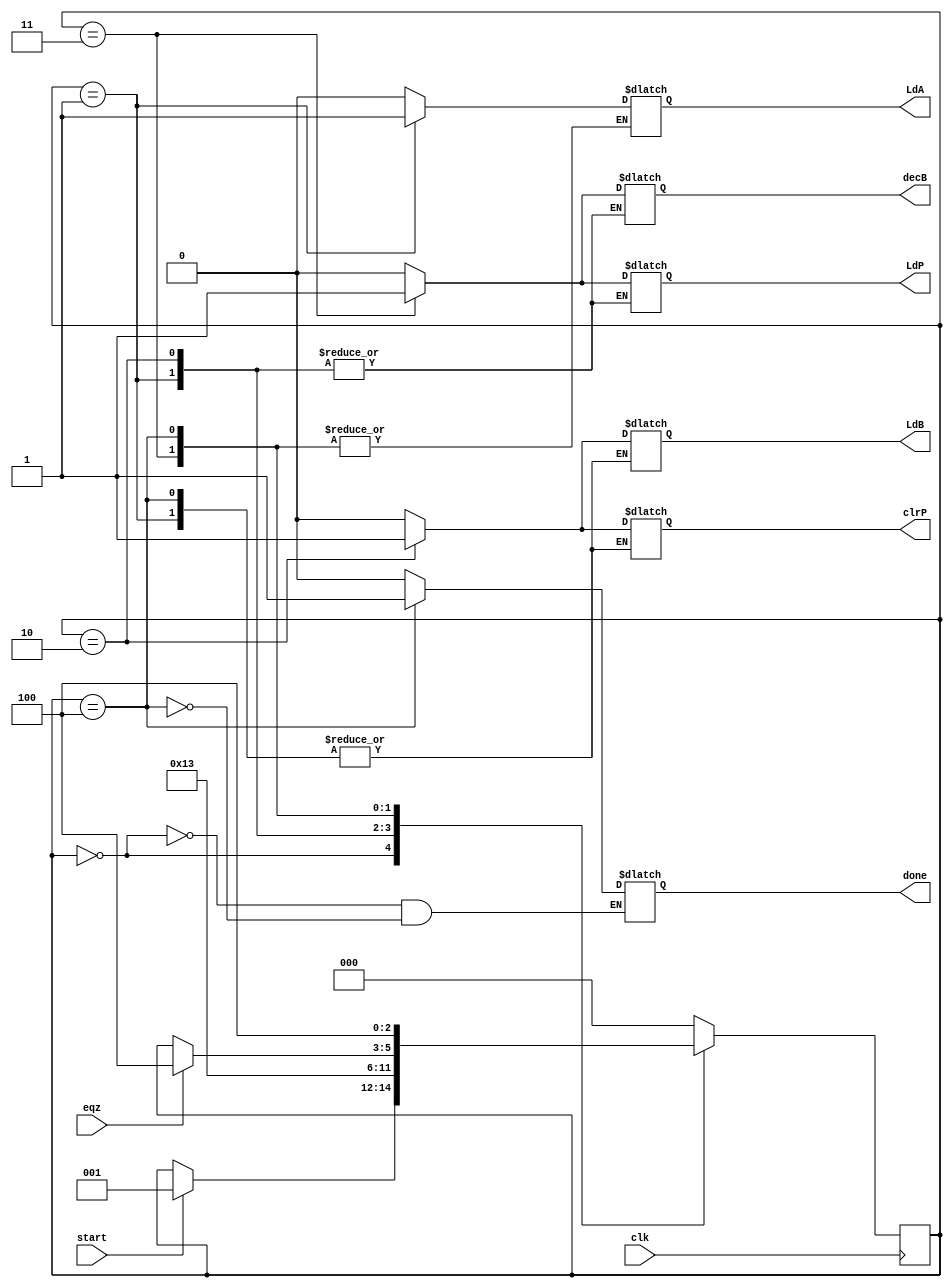
`timescale 1ns / 1ns
module control_path(LdA,LdB,LdP,clrP,decB,done,clk,eqz,start);
    input clk,eqz,start;
    output reg LdA,LdB,LdP,clrP,decB,done;
    reg [2:0]state;
    parameter s0=3'b000,s1=3'b001,s2=3'b010,s3=3'b011,s4=3'b100;
    always@(posedge clk)
        begin
            case(state)
                s0: if(start) state<=s1;
                s1: state<=s2;
                s2: state<=s3;
                s3: if(eqz)
                        state<=s4;
                s4: state<=s4;
                default: state<=s0;
            endcase
        end
    always@(state)
        begin
            case(state)
                s0: begin #1 LdA=0;LdB=0;LdP=0;clrP=0;decB=0;done=0;end
                s1: begin #1 LdA=1;end
                s2: begin #1 LdA=0;LdB=1;clrP=1;end
                s3: begin #1 LdB=0;clrP=0;LdP=1;decB=1;end
                s4: begin #1 done=1;LdP=0;decB=0;end
                default: begin #1 LdA=0;LdB=0;LdP=0;clrP=0;decB=0;end
            endcase
        end
endmodule